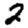
Digit: 2